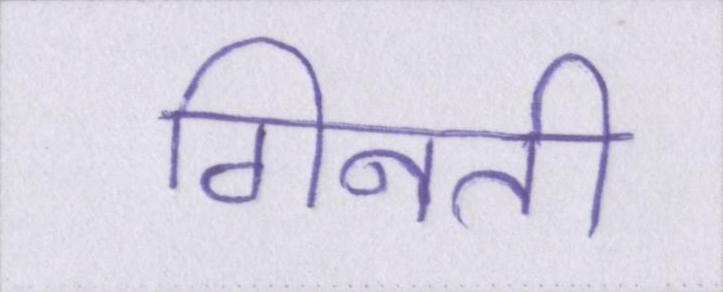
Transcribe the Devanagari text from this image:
गिनती